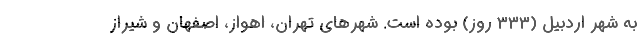
به شهر اردبیل (۳۳۳ روز) بوده است. شهرهای تهران، اهواز، اصفهان و شیراز